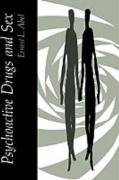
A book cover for Psychoactive Drugs and Sex; E.L. Abel; Medical Books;